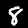
Label: 8